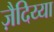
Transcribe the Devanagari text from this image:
ज़ैदिय्या